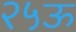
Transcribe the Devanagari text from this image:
२५ऊ